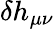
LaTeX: \delta h_{\mu\nu}